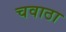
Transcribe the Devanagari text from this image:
चवाठा